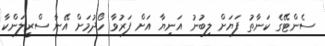
ސެންޓޭގެ ކަނާތު ފަޔަށް ލިބުނު އަނިޔާ އަށް ފަރުވާ ހޯދުމަށް އޭނާ ސްރީލަންކާ